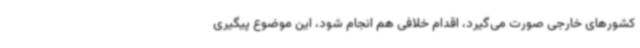
کشورهای خارجی صورت می‌گیرد، اقدام خلافی هم انجام شود، این موضوع پیگیری